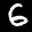
Digit: 6